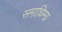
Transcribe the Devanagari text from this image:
समाधिमग्न